Annual report on the working of the lock hospitals in the Central Provinces
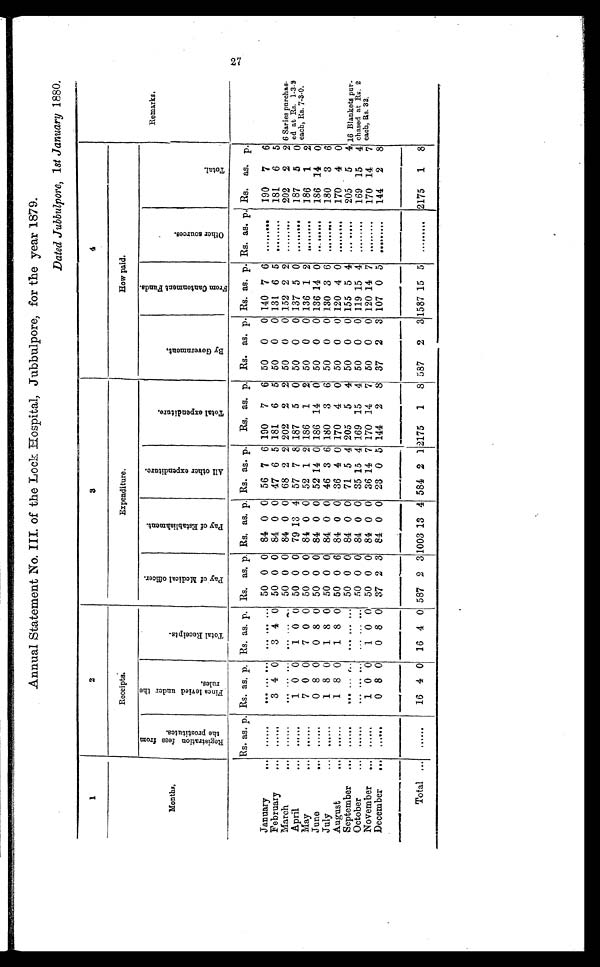
27
Annual Statement No. III. of the Lock Hospital, Jubbulpore, for the year 1879.
Dated Jubbulpore, 1st January 1880.
1
2
3
4
Remarks.
Months.
Receipts.
Expenditure.
How paid.
R e g i s t r a t i o n f e e s f r o m t h e p r o s t i t u t e s .
F i n e s l e v i e d u n d e r t h e r u l e s .
T o t a l R e c e i p t s .
P a y o f M e d i c a l o f f i c e r .
P a y o f E s t a b l i s h m e n t .
A l l o t h e r e x p e n d i t u r e .
T o t a l e x p e n d i t u r e .
B y G o v e r n m e n t .
F r o m C a n t o n m e n t F u n d s .
O t h e r s o u r c e s .
T o t a l .
Rs. as. p. Rs. as. p. Rs. as. p. Rs. as. p. Rs. as. p. Rs. as. p. Rs. as. p. Rs. as. p. Rs. as. p. Rs. as. p. Rs. as. p.
January
... ......
... ... ... ... ... ... 50 0 0 84 0 0 56 7 6 190 7 6 50 0 0 140 7 6
. . .
. . . . . . 190 7 6
February
... ......
3 4 0
3 4 0 50 0 0 84 0 0 47 6 5 181 6 5 50 0 0 131 6
5 . . .
. . . . . . 181 6 5
March
... ......
. . . . . . ... ... ... ... 50 0 0 84 0 0 68 2 2 202 2 2 50 0 0 152 2
2
. . .
. . . . . . 2 0 2
2 2 6 Sar
ies purchas-
ed at Rs.
1-3-2 each, Rs. 7-3-0.
April
...
. . . . . .
1 0 0
1 0 0 50 0 0 79 13 4 57 7 8 187 5 0 50 0 0 137 5
0
. . .
. . . . . . 187
5
0
May
...
. . . . . .
7 0 0
7 0 0 50 0 0 84 0 0 52 1 2 186 1 2 50 0 0 136 1
2
. . .
. . . . . . 186 1 2
June
... ......
0 8 0
0 8 0 50 0 0 84 0 0 52 14 0 186 14 0 50 0 0 136 14 0 ... ... . . . 186 14 0
July
...
. . . . . .
1 8 0
1 8 0 50 0 0 84 0 0 46 3 6 180 3 6 50 0 0 130 3 6
. . . ... . . . 180 3 6
August
...
. . . . . .
1 8 0
1 8 0 50 0 6 84 0 0 36 4 0 170 4 0 50 0 0 120 4 0
. . . ... . . . 170 4 0
September ... ......
...
. . . ... ... ... ... 50 0 0 84 0 0 71 5 4 205 5 4 50 0 0 155 5 4
. . . ...
. . . 205 5 4 16 Blankets pur-
chased at Rs. 2
each, Rs . 32.
October
... ......
... ... ... ... ... ... 50 0 0 84 0 0 35 15 4 169 15 4 50 0 0 119 15
4
. . .
. . . . . . 169 15 4
November ... ......
1 0 0
1 0 0 50 0 0 84 0 0 36 14 7 170 14 7 50 0 0 120 14
7 . . .
. . . . . . 170 14 7
December
...
. . . . . .
0 8 0 0 8 0 37 2 3 84 0 0 23 0 5 144 2 8 37 2 3 107 0 5
. . .
. . . . . . 144 2 8
Total ... ......
16 4 0 16 4 0 587 2 3 1003 13 4 584 2 1 2175 1 8 587 2
3
1587 15
5
. . .
. . . . . .
2175 1 8